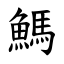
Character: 鰢